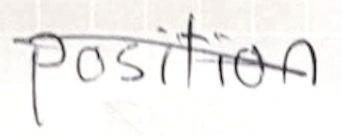
Text: position
Cross-out: diagonal
Writing tool: pencil